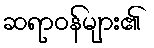
ဆရာဝန်များ၏